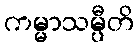
ကမ္မာသမ္ပီတိ